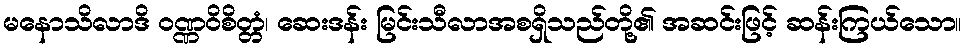
မနောသိလာဒိ ဝဏ္ဏဝိစိတ္တံ၊ ဆေးဒန်း မြင်းသီလာအစရှိသည်တို့၏ အဆင်းဖြင့် ဆန်းကြယ်သော။